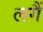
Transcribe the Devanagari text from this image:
लगैं